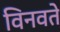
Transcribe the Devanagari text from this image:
विनवते